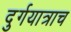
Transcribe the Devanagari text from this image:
दुर्गयात्राच